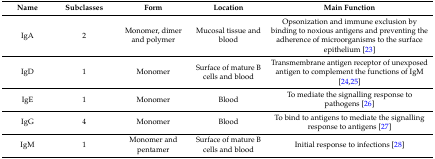
| Name | Subclasses | Form | Location | Main Function |
 | --- | --- | --- | --- | --- |
 | IgA | 2 | Monomer, dimer and polymer | Mucosal tissue and blood | Opsonization and immune exclusion by binding to noxious antigens and preventing the adherence of microorganisms to the surface epithelium [23] |
 | IgD | 1 | Monomer | Surface of mature B cells and blood | Transmembrane antigen receptor of unexposed antigen to complement the functions of IgM [24,25] |
 | IgE | 1 | Monomer | Blood | To mediate the signalling response to pathogens [26] |
 | IgG | 4 | Monomer | Blood | To bind to antigens to mediate the signalling response to antigens [27] |
 | IgM | 1 | Monomer and pentamer | Surface of mature B cells and blood | Initial response to infections [28] |